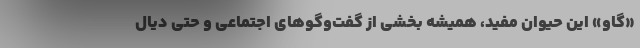
«گاو» این حیوان مفید، همیشه بخشی از گفت‌وگوهای اجتماعی و حتی دیال